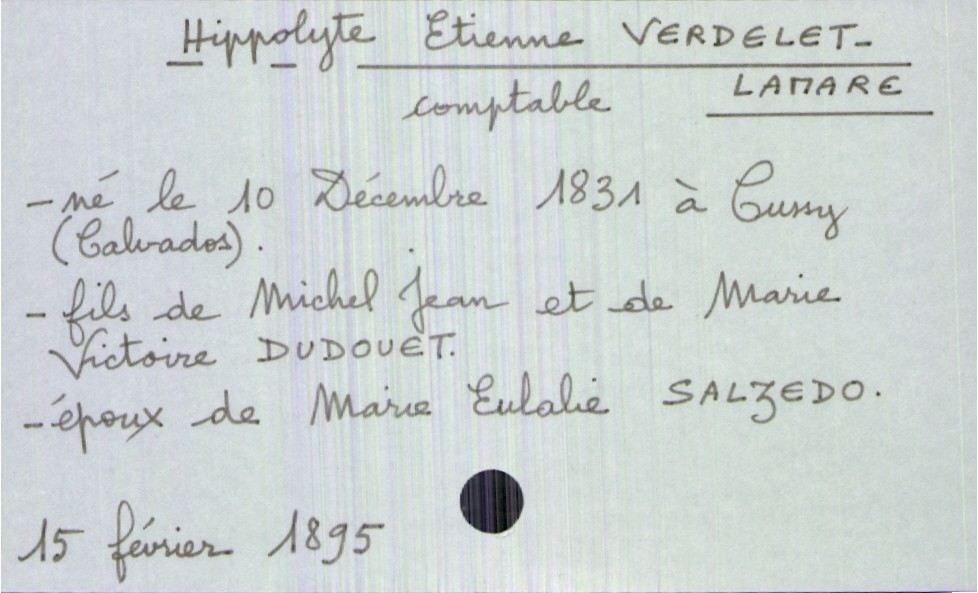
type_acte: Décès
année: 1895
mois: février
jour: 15
défunt_nom: Verdelet-Lamare
défunt_prénom: Hippolyte Etienne
défunt_sexe: H
défunt_profession: comptable
défunt_date_de_naissance: 10 décembre 1831
défunt_lieu_de_naissance: Cussy (Calvados)
défunt_statut: marié(e)
père_défunt_nom: Verdelet-Lamare
père_défunt_prénom: Michel Jean
mère_défunt_nom: Dudouet
mère_défunt_prénom: Marie Victoire